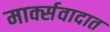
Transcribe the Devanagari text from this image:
मार्क्सवादात